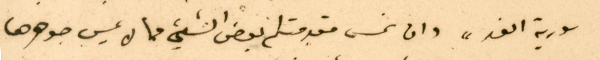
سورية الغد" وان نمس مقدمتكم بعض الشيء مما لا عيب جوهرها